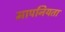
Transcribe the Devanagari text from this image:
मापनियता